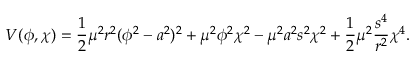
V ( \phi , \chi ) = \frac { 1 } { 2 } \mu ^ { 2 } r ^ { 2 } ( \phi ^ { 2 } - a ^ { 2 } ) ^ { 2 } + \mu ^ { 2 } \phi ^ { 2 } \chi ^ { 2 } - \mu ^ { 2 } a ^ { 2 } s ^ { 2 } \chi ^ { 2 } + \frac { 1 } { 2 } \mu ^ { 2 } \frac { s ^ { 4 } } { r ^ { 2 } } \chi ^ { 4 } .